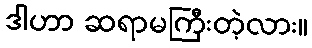
ဒါဟာ ဆရာမကြီးတဲ့လား။